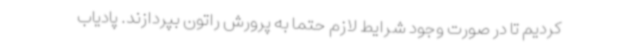
کردیم تا در صورت وجود شرایط لازم حتما به پرورش راتون بپردازند. پادیاب